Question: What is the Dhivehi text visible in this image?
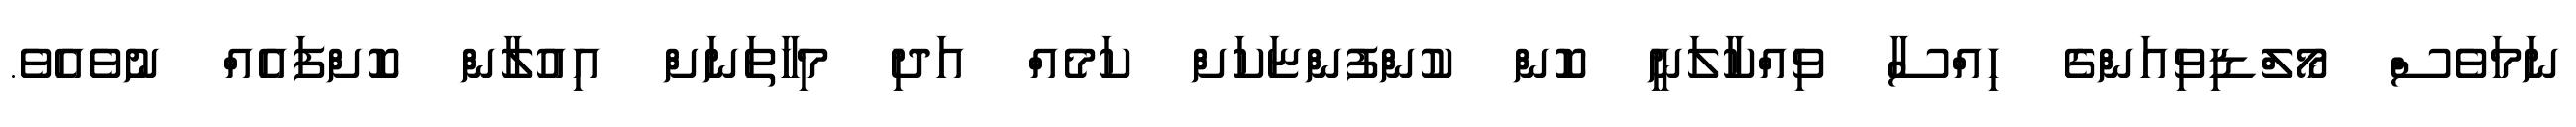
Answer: ނަމަވެސް މޯލްޑިވިއަންގެ ހިއްސާ ވިއްކާލަނީ ކޮން ކުންފުންޏަކަށް ކަމެއް އަދި މިހާތަނަށް އިއުލާން ކޮށްފައެއް ނުވެއެވެ.